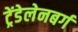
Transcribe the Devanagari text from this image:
ट्रेंडेलेनबर्ग